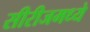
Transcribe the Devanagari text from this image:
सीरीजमध्ये